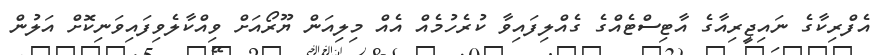
އެފްރިކާގެ ނައިޖީރިއާގެ އާޓިސްޓެއްގެ ގެއްލިފައިވާ ކުރެހުމެއް އެއް މިލިއަން ޔޫރޯއަށް ވިއްކާލެވިފައިވަނިކޮށް އަލުން